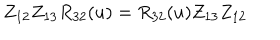
LaTeX: Z _ { 1 2 } Z _ { 1 3 } R _ { 3 2 } ( u ) = R _ { 3 2 } ( u ) Z _ { 1 3 } Z _ { 1 2 }